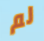
لم